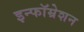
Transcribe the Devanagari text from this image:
इन्फॉम्रेशन